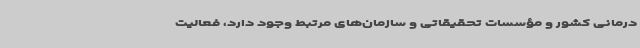
درمانی کشور و مؤسسات تحقیقاتی و سازمان‌های مرتبط وجود دارد، فعالیت